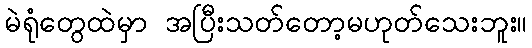
မဲရုံတွေထဲမှာ အပြီးသတ်တော့မဟုတ်သေးဘူး။